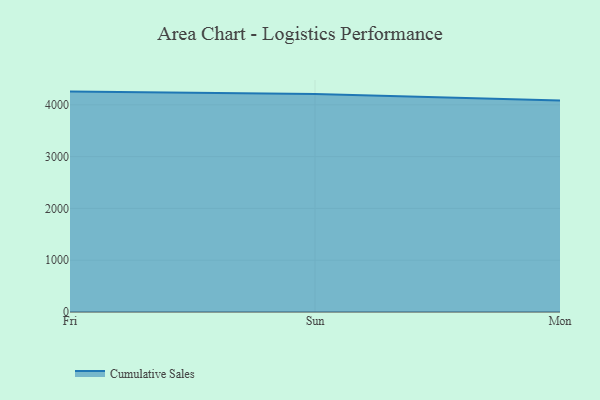
{"axis": {"x": "Day", "y": "Tickets Resolved"}, "legend": ["Cumulative Sales"], "data": [{"x": "Fri", "y": 4255.1, "type": "Cumulative Sales"}, {"x": "Sun", "y": 4206.5, "type": "Cumulative Sales"}, {"x": "Mon", "y": 4080.9, "type": "Cumulative Sales"}]}